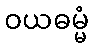
ဝယဓမ္မံ